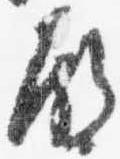
殿